Report of an investigation of the epidemic of malarial fever in Assam, or, kala-azar
Disease focus: Malaria
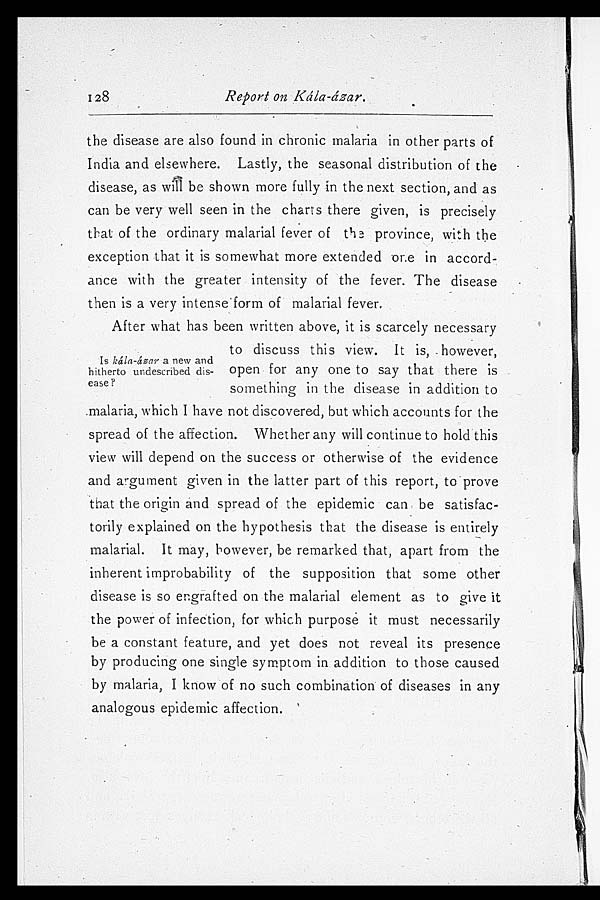
128
Report on Kála-ázar.
the disease are also found in chronic malaria in other parts of
India and elsewhere. Lastly, the seasonal distribution of the
disease, as will be shown more fully in the next section, and as
can be very well seen in the charts there given, is precisely
that of the ordinary malarial fever of the province, with the
exception that it is somewhat more extended one in accord
- a n c e w i t h t h e g r e a t e r i n t e n s i t y o f t h e f e v e r . T h e d i s e a s e
then is a very intense form of malarial fever.
After what has been written above, it is scarcely necessary
to discuss this view. It is, however,
Is kála-ázar a new and
hitherto undescribed dis-
open for any one to say that there is
ease?
something in the disease in addition to
.malaria, which I have not discovered, but which accounts for the
spread of the affection. Whether any will continue to hold this
view will depend on the success or otherwise of the evidence
and argument given in the latter part of this report, to prove
that the origin and spread of the epidemic can be satisfac
- torily explained on the hypothesis that the disease is entirely
malarial. It may, however, be remarked that, apart from the
inherent improbability of the supposition that some other
disease is so engrafted on the malarial element as to give it
the power of infection, for which purpose it must necessarily
be a constant feature, and yet does not reveal its presence
by producing one single symptom in addition to those caused
by malaria, I know of no such combination of diseases in any
analogous epidemic affection.